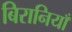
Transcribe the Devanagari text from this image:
बिरानियाँ